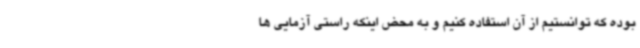
بوده که توانستیم از آن استفاده کنیم و به محض اینکه راستی آزمایی ها